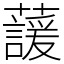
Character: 蘐